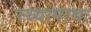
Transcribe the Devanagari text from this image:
रथ्यापाथः